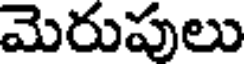
మెరుపులు